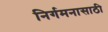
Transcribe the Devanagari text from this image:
निर्गमनासाठी